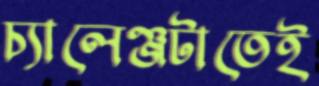
চ্যালেঞ্জটাতেই